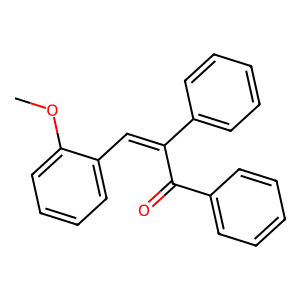
SMILES: COc1ccccc1C=C(C(=O)c1ccccc1)c1ccccc1
Inhibits HIV replication: No